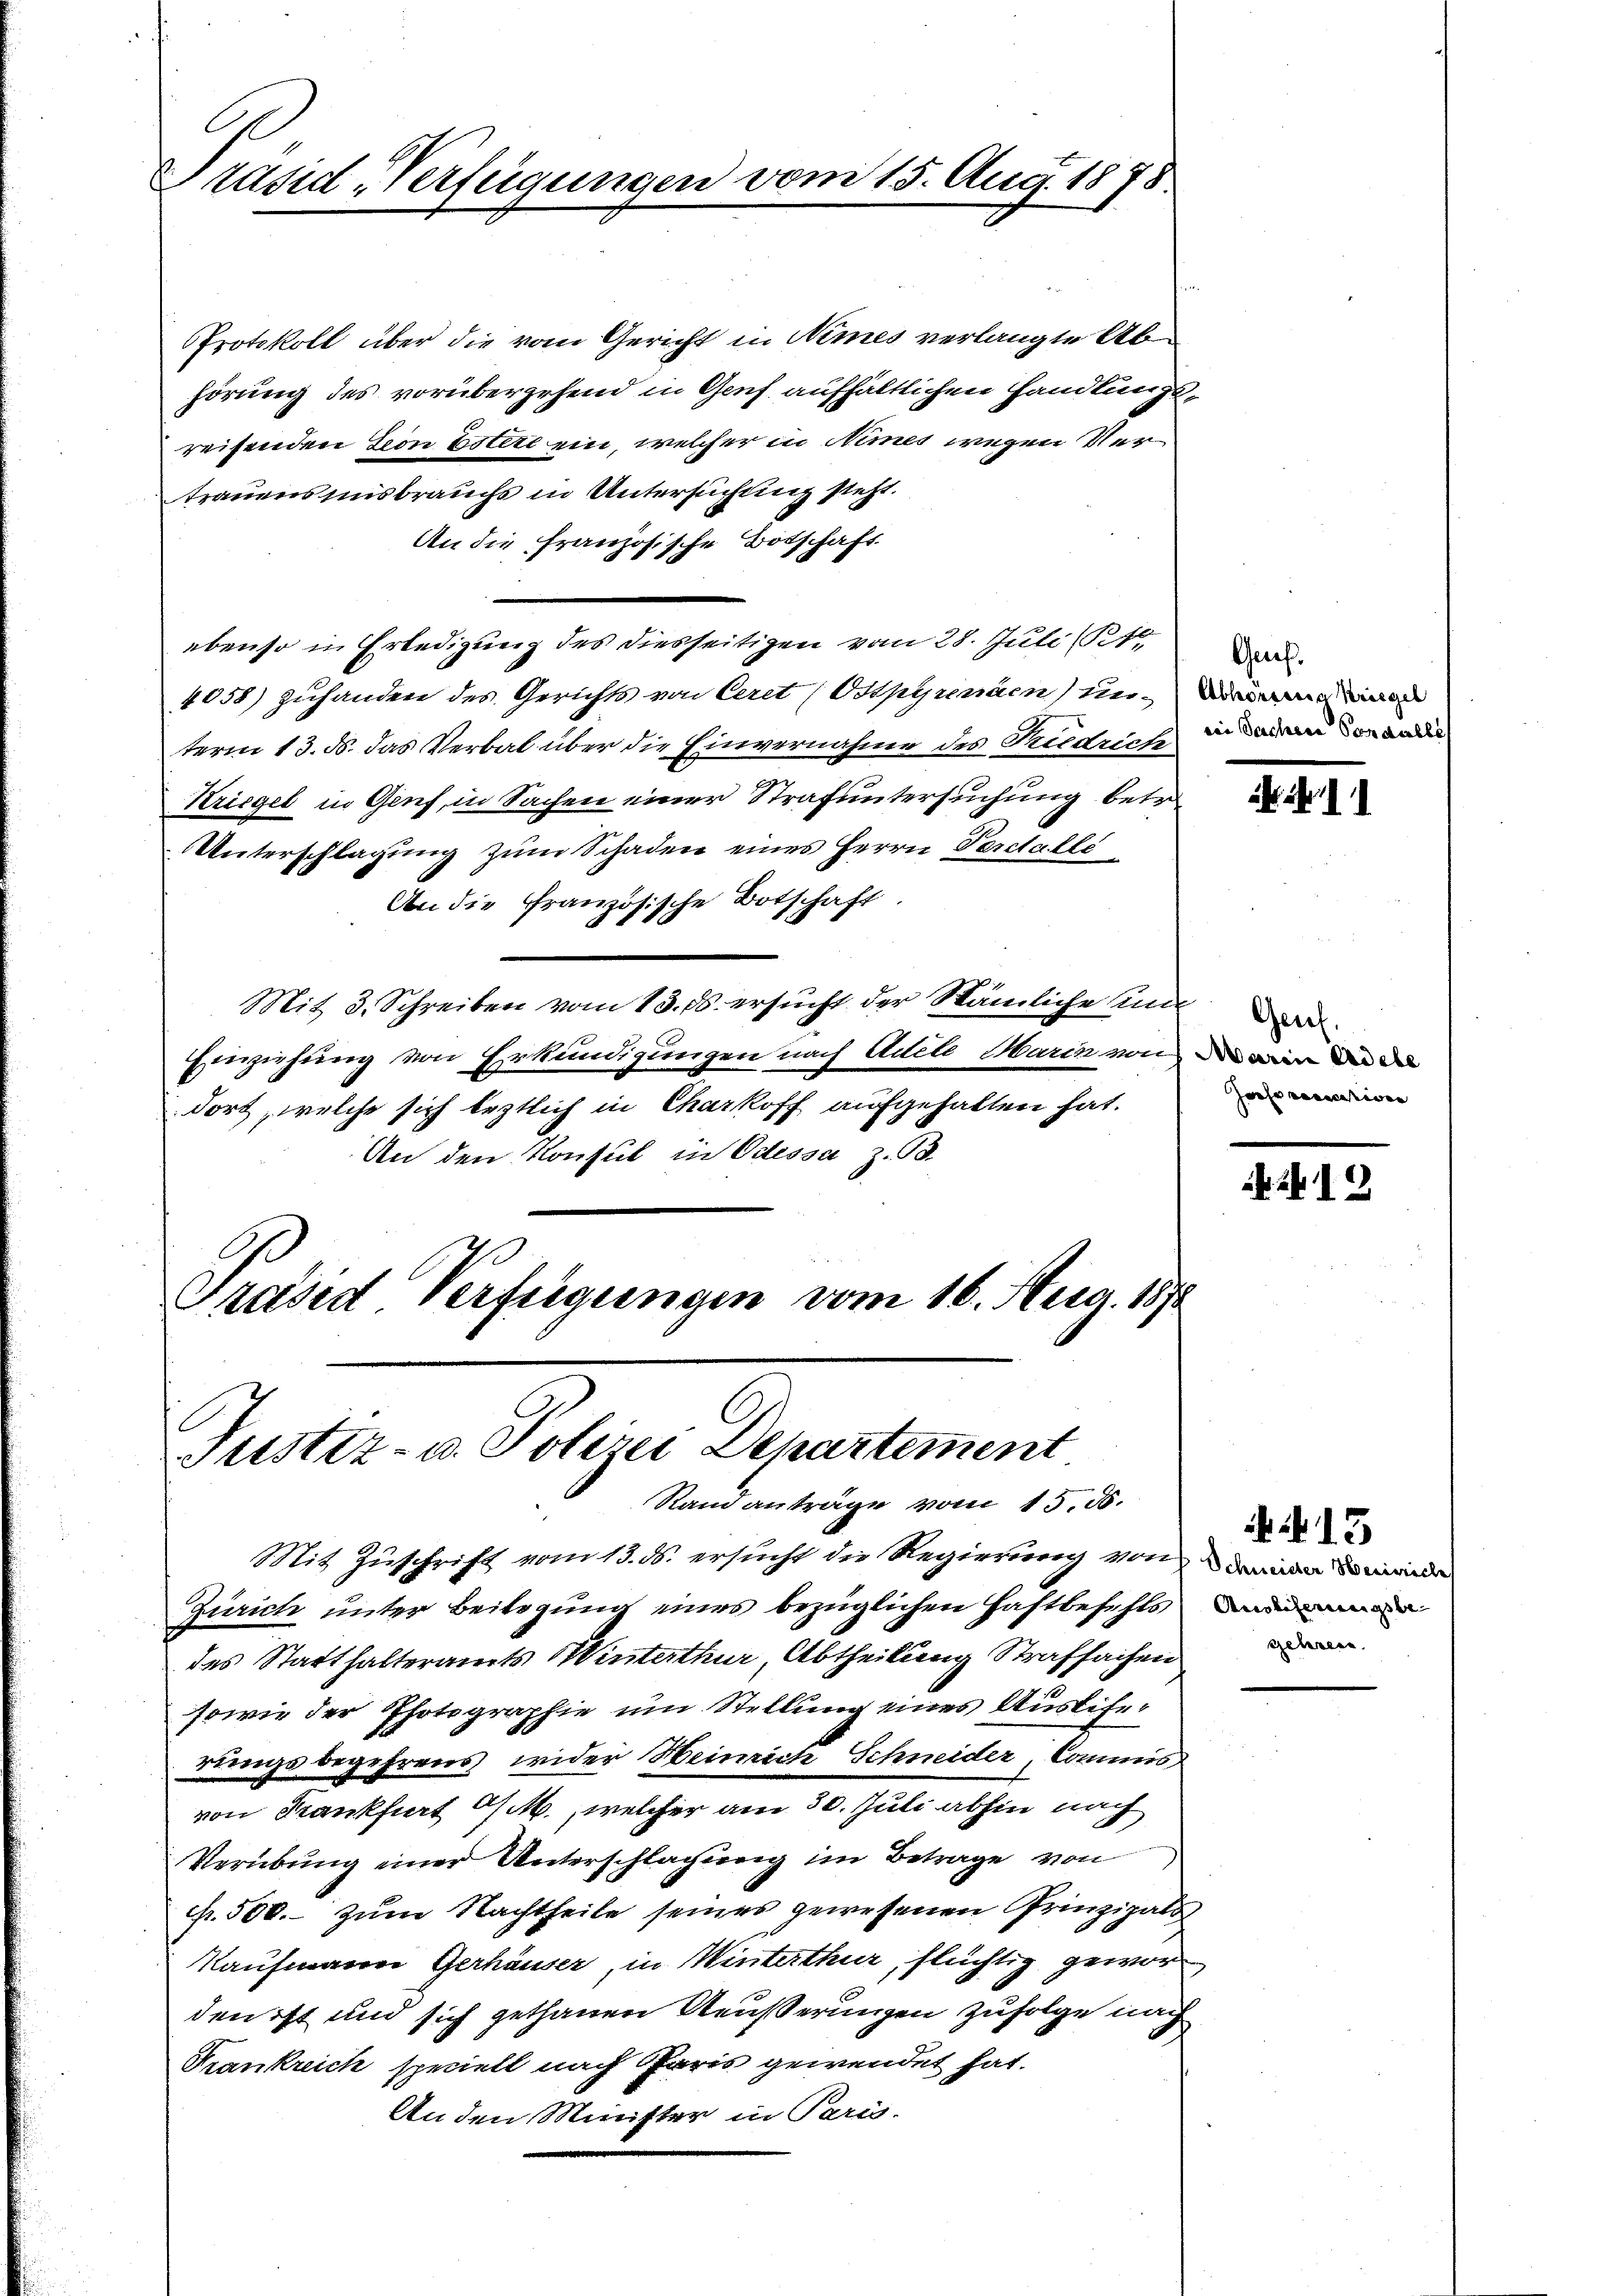
Präsid-Verfügung.

u vom 15. Aug. 1878.

Protokoll über die vom Gericht in Nimes verlangte Abhörung des vorüberzehend in Genf aufhältlichen Handlungsreisenden Seon Estere ein, welcher in Nemes wegen Vertrauens insbrauchs in Untersuchung steht.
An die Französische Botschaft
ebenso in Erledigung des diesseitigen vom 28. Juli (16
4058) zuhanden des Gerichts von Ceret (Ostpyrenäen) unterm 13. d. das Verbal über die Einvernahme des Riedrich in daran von dad
Kriegel in Genf, in Sachen einer Strafuntersuchung betr
Unterschlagung zum Schaden eines Herrn Percallé
An die Französische Botschaft.
Mit 3. Schreiben vom 13. ds. ersŭcht der Stämliche mi
Einziehung von Erkundigungen nach Adele Marin von wir die de
dort, welche sich leztlich in Charkoff aufgehalten hat.
An den Konsul in Odessa z. B.

Präsid Verfügungen vom 16. Aug. 1872
Justiz- u. Polizei Departement
Rand anträge vom 15. ds.

.

Mit Zuschrift vom 13. ds. ersucht die Regierung von deman demande
Zürich unter Beitigung eines bezüglichen Haftbefehls,
des Statthalteramts Winterthur, Abtheilung Strafsachen
sowie der Photographie um Stellung eines Auslifer
rings begehrens, wider Heinrich Schneider, Commis
von Frankfurt a/M., welcher am 30. Juli abhin noch
Verübung einer Unterschlagung im Betrage von
fr. 500. zum Nachtheile seines gewesenen Prinzipals
Kaufmann Gerhäuser, in Winterthur, flüchtig gewor
den ist und sich gethanen Aeußerungen zufolge nach
Krankreich speciell nach Paris gewendet hat.
An den Minister in Paris.

Genf.
Abhorseeis Kriegel

Jahr recensiven

2419

Auslieferungsbe-

15